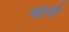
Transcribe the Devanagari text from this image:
चढुनी